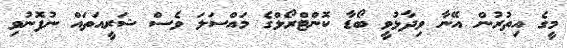
މީގެ އިތުރުން އޭނާ ވިދާޅުވީ ބޯޑާ ކޮންޓްރޯލްގެ މައްސަލަ ވެސް ޝަރީއަތައް ނުފޮނުވި